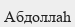
Абдоллаһ